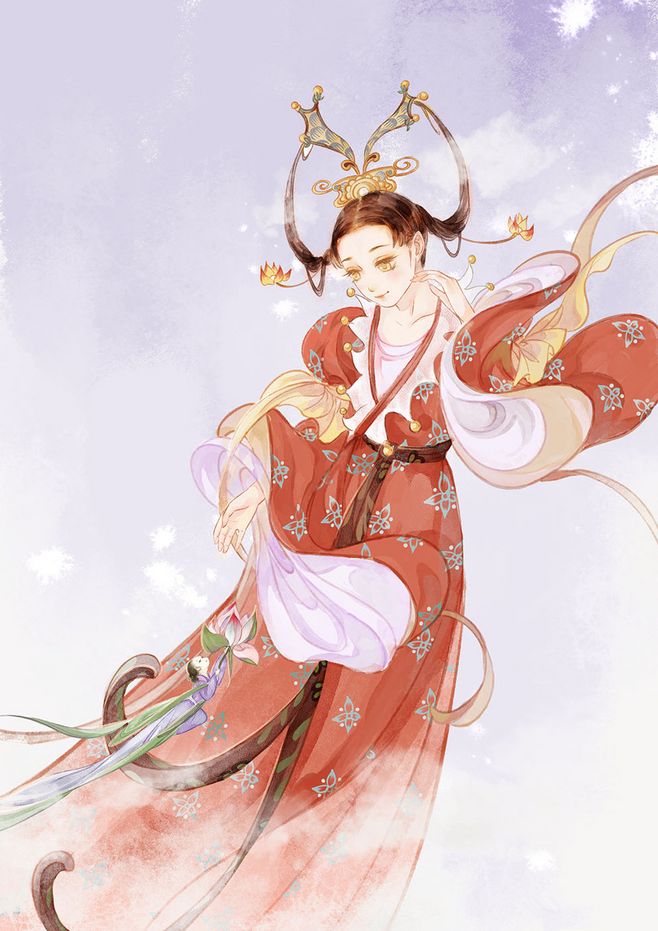
小怜初上琵琶，晓来思绕天涯。